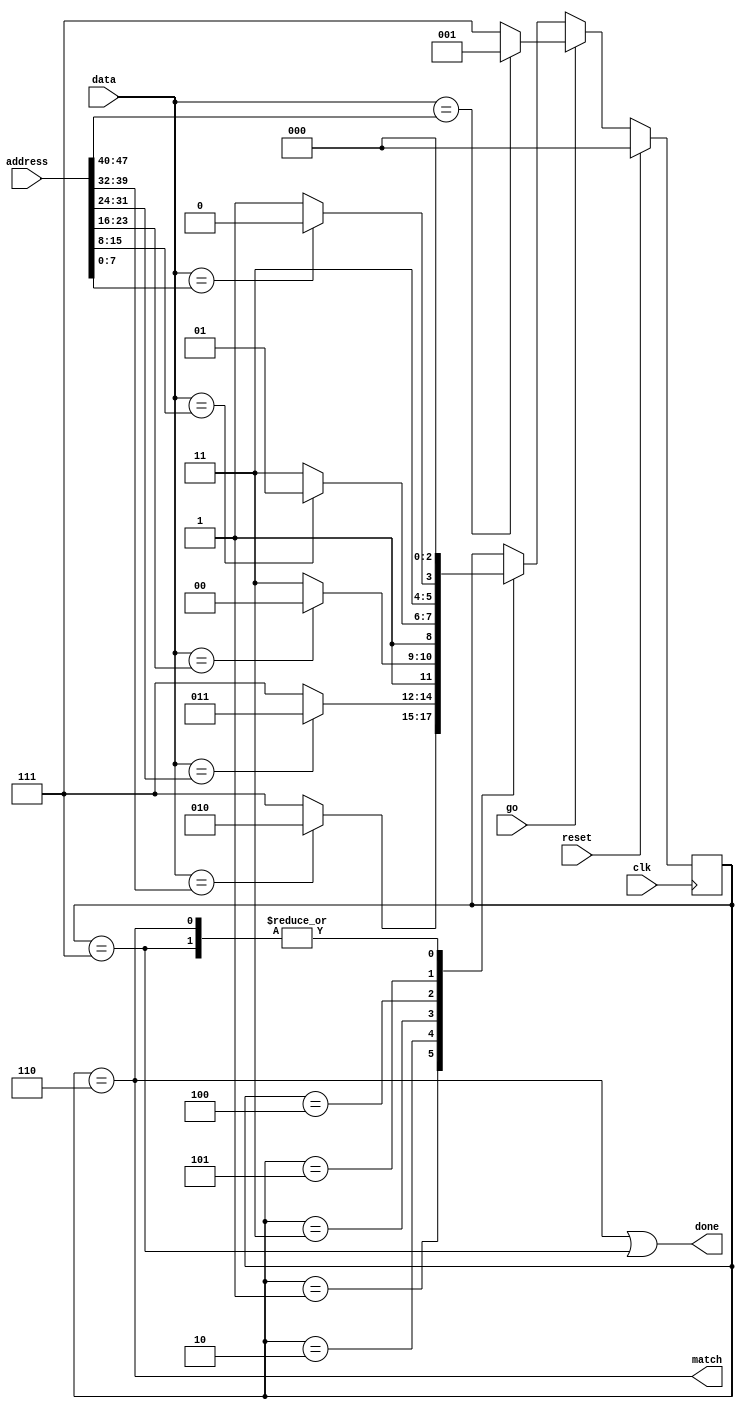
//
// Copyright 2011 Ettus Research LLC
//




module address_filter
  (input clk,
   input reset,
   input go,
   input [7:0] data,
   input [47:0] address,
   output match,
   output done);

   reg [2:0] af_state;

   always @(posedge clk)
     if(reset)
       af_state     <= 0;
     else
       if(go)
	 af_state <= (data == address[47:40]) ? 1 : 7;
       else
	 case(af_state)
	   1 : af_state <= (data == address[39:32]) ? 2 : 7;
	   2 : af_state <= (data == address[31:24]) ? 3 : 7;
	   3 : af_state <= (data == address[23:16]) ? 4 : 7;
	   4 : af_state <= (data == address[15:8])  ? 5 : 7;
	   5 : af_state <= (data == address[7:0]) ? 6 : 7;
	   6, 7 : af_state <= 0;
	 endcase // case (af_state)

   assign match  = (af_state==6);
   assign done 	 = (af_state==6)|(af_state==7);
   
endmodule // address_filter